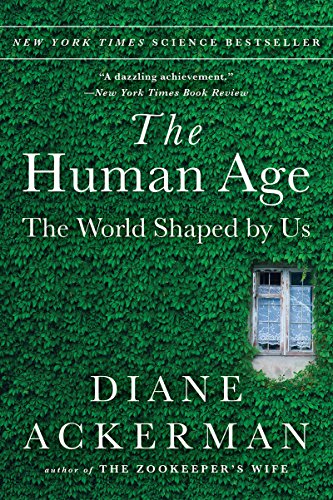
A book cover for The Human Age: The World Shaped By Us; Diane Ackerman; Science & Math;